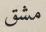
مشق